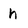
Character: h